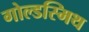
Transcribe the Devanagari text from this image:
गोल्‍डस्‍मिथ